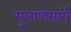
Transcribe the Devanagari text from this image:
मुलाणेमार्गे